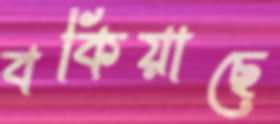
বকিয়াছে